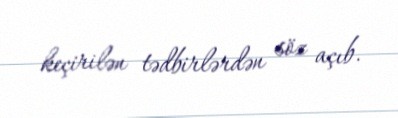
keçirilən tədbirlərdən söz açıb.